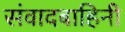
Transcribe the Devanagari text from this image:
संवादबाहिनी